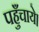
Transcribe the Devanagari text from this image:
पहुँचाये।